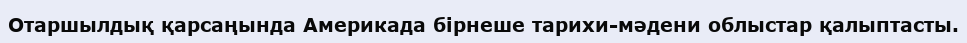
Отаршылдық қарсаңында Америкада бірнеше тарихи-мәдени облыстар қалыптасты.